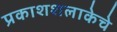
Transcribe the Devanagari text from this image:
प्रकाशशलाकेचे